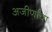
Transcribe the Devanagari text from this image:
अजीर्णाचा